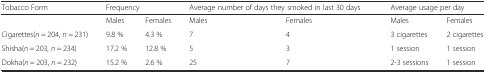
| Tobacco Form | <COLSPAN=2> Frequency | <COLSPAN=2> Average number of days they smoked in last 30 days | <COLSPAN=2> Average usage per day |
 | --- | --- | --- | --- | --- | --- | --- |
 |  | Males | Females | Males | Females | Males | Females |
 | Cigarettes(n = 204, n = 231) | 9.8 % | 4.3 % | 7 | 4 | 3 cigarettes | 2 cigarettes |
 | Shisha(n = 203, n = 234) | 17.2 % | 12.8 % | 5 | 3 | 1 session | 1 session |
 | Dokha(n = 203, n = 232) | 15.2 % | 2.6 % | 25 | 7 | 2-3 sessions | 1 session |